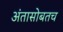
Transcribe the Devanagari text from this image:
अंतासोबतच